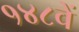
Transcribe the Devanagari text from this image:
१४८वें